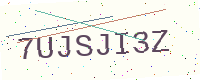
Text: 7UJSJI3Z